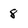
Character: 8